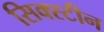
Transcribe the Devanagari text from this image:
सिक्स्टीन